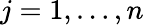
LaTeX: j=1,\dots,n